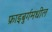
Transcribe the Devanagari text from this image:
फ्राइबुर्गमधील